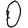
Digit: 0